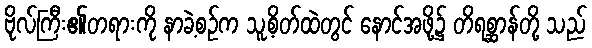
ဗိုလ်ကြီး၏တရားကို နာခဲ့စဉ်က သူ့စိတ်ထဲတွင် နောင်အဖို့၌ တိရစ္ဆာန်တို့ သည်